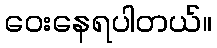
ဝေးနေရပါတယ်။